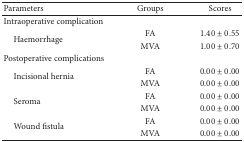
| Parameters | Groups | Scores |
 | --- | --- | --- |
 | Intraoperative complication |  |  |
 | <ROWSPAN=2> Haemorrhage | FA | 1.40 ± 0.55 |
 | MVA | 1.00 ± 0.70 |
 | Postoperative complications |  |  |
 | <ROWSPAN=2> Incisional hernia | FA | 0.00 ± 0.00 |
 | MVA | 0.00 ± 0.00 |
 | <ROWSPAN=2> Seroma | FA | 0.00 ± 0.00 |
 | MVA | 0.00 ± 0.00 |
 | <ROWSPAN=2> Wound fistula | FA | 0.00 ± 0.00 |
 | MVA | 0.00 ± 0.00 |